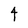
Character: 4